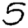
Digit: 5